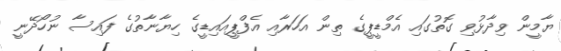
ޔާމީން ވިދާޅުވި ގޮތުގައި އެމްޑީޕީގެ ތިން އަހަރާއި އެފްޕީއައިޑީގެ ހިޔާނާތުގެ ފައިސާ ނުހޯދޭނީ